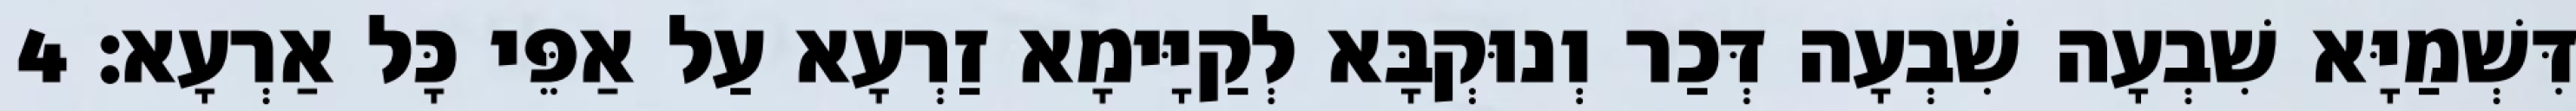
דִּשְׁמַיָּא שִׁבְעָה שִׁבְעָה דְּכַר וְנוּקְבָּא לְקַיָּימָא זַרְעָא עַל אַפֵּי כָּל אַרְעָא׃ 4